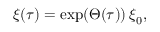
\begin{array} { r } { \ensuremath { \boldsymbol { \xi } } ( \tau ) = \exp ( \Theta ( \tau ) ) \, \ensuremath { \boldsymbol { \xi } } _ { 0 } , } \end{array}